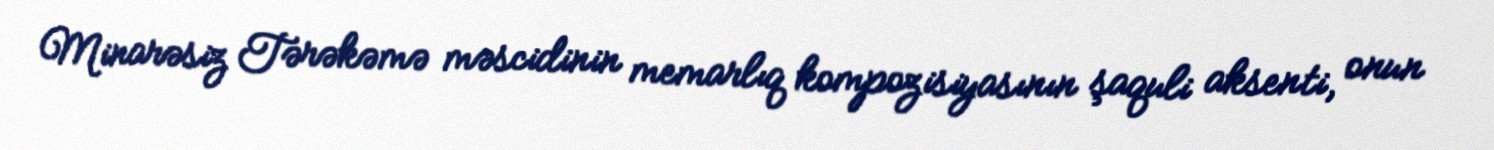
Minarəsiz Tərəkəmə məscidinin memarlıq kompozisiyasının şaquli aksenti, onun